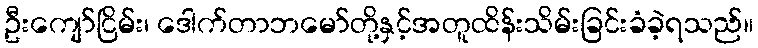
ဦးကျော်ငြိမ်း၊ ဒေါက်တာဘမော်တို့နှင့်အတူထိန်းသိမ်းခြင်းခံခဲ့ရသည်။